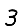
Digit: 3